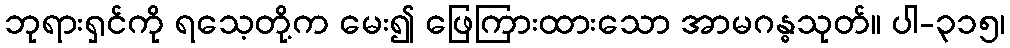
ဘုရားရှင်ကို ရသေ့တို့က မေး၍ ဖြေကြားထားသော အာမဂန္ဓသုတ်။ ပါ-၃၁၅၊